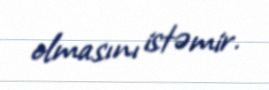
olmasını istəmir.